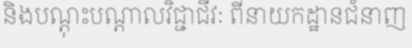
និងបណ្តុះបណ្តាលវិជ្ជាជីវៈ ពីនាយកដ្ឋានជំនាញ